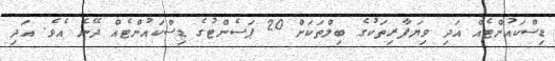
ޑިސްކައުންޓެއް އަދި ވިޔަފާރިތަކުގެ ބިލްތަކަށް 20 ޕަސެންޓުގެ ޑިސްކައުންޓެއް ދޭނެ އެވެ. އަދި